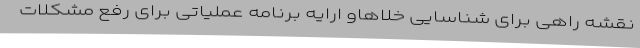
نقشه راهی برای شناسایی خلاهاو ارایه برنامه عملیاتی برای رفع مشکلات